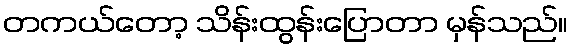
တကယ်တော့ သိန်းထွန်းပြောတာ မှန်သည်။